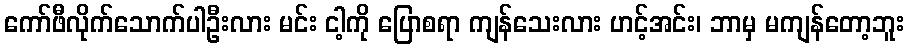
ကော်ဖီလိုက်သောက်ပါဦးလား မင်း ငါ့ကို ပြောစရာ ကျန်သေးလား ဟင့်အင်း၊ ဘာမှ မကျန်တော့ဘူး